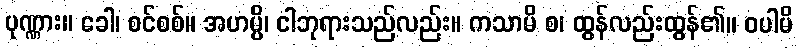
ပုဏ္ဏား။ ခေါ၊ စင်စစ်။ အဟမ္ပိ၊ ငါဘုရားသည်လည်း။ ကသာမိ စ၊ ထွန်လည်းထွန်၏။ ဝပါမိ